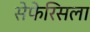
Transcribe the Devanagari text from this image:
सेफेरिसला